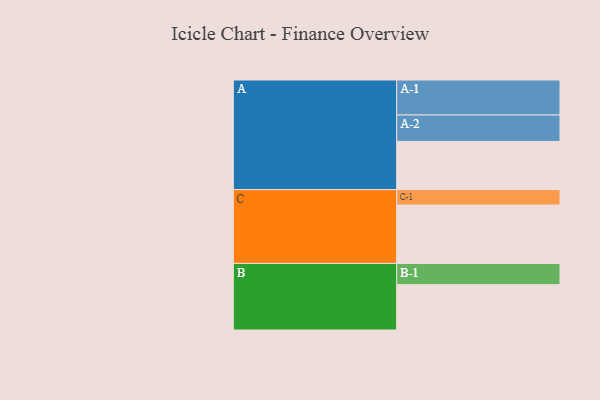
{"axis": {"x": "Segment", "y": "Value"}, "legend": ["", "A", "B", "C"], "data": [{"x": "A", "y": 400, "type": ""}, {"x": "B", "y": 376, "type": ""}, {"x": "C", "y": 484, "type": ""}, {"x": "A-1", "y": 290, "type": "A"}, {"x": "A-2", "y": 219, "type": "A"}, {"x": "B-1", "y": 176, "type": "B"}, {"x": "C-1", "y": 128, "type": "C"}]}